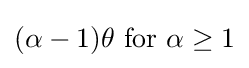
(\alpha -1)\theta {\text{ for }}\alpha \geq 1